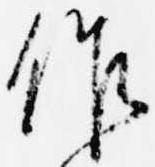
作